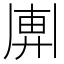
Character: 𢍖